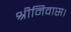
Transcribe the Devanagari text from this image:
श्रीनिवास।